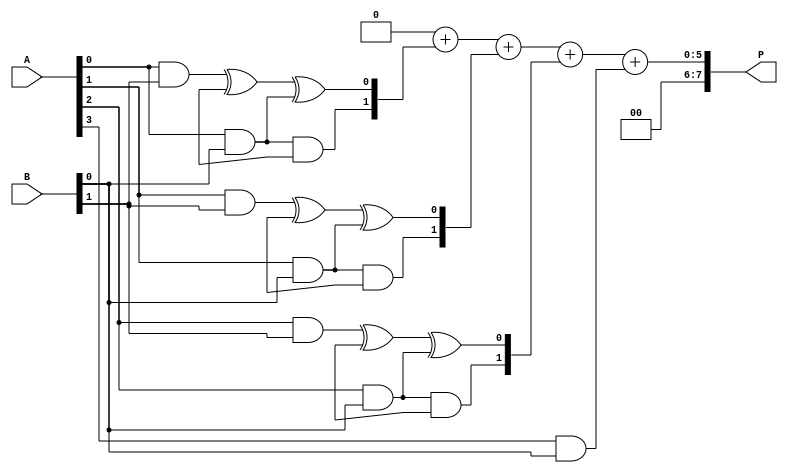
module dadda_multiplier #(
    parameter A_WIDTH = 4,  // Bit-width of multiplicand
    parameter B_WIDTH = 4   // Bit-width of multiplier
)(
    input [A_WIDTH-1:0] A,  // Multiplicand
    input [B_WIDTH-1:0] B,  // Multiplier
    output reg [A_WIDTH+B_WIDTH-1:0] P  // Product
);

    reg [A_WIDTH+(B_WIDTH-1):0] partial_products [0:A_WIDTH-1];
    wire [A_WIDTH + B_WIDTH - 1:0] sum;

    // Generate partial products (ANDing each bit of B with A)
    genvar i, j;
    generate
        for (i = 0; i < A_WIDTH; i = i + 1) begin: gen_partial_products
            for (j = 0; j < B_WIDTH; j = j + 1) begin: and_generators
                assign partial_products[i][j + i] = A[i] & B[j];
            end
        end
    endgenerate

    // Reduction tree using 3:2 and 2:2 compressors
    wire [A_WIDTH + B_WIDTH - 1:0] PP [0:A_WIDTH-1];
    wire [A_WIDTH + B_WIDTH - 1:0] carry;
    
    // Implement 3:2 compressor
    function [1:0] compressor_3_2(input [2:0] a);
        begin
            compressor_3_2 = {a[2] & a[1], a[0] ^ a[1] ^ a[2]};
        end
    endfunction

    // Implement 2:2 compressor
    function [1:0] compressor_2_2(input [1:0] a);
        begin
            compressor_2_2 = {1'b0, a[0] ^ a[1]};
        end
    endfunction

    integer k;
    // Stage 1: Compress rows of partial products
    always @(*) begin
        // Initialize output to zero
        P = 0;
        // Apply 3:2 and 2:2 compression
        for (k = 0; k < A_WIDTH; k = k + 1) begin
            if (k < A_WIDTH - 1) begin
                {carry[k], PP[k]} = compressor_3_2({partial_products[k][k], partial_products[k + 1][k], partial_products[k][k + 1]});
            end else begin
                {carry[k], PP[k]} = compressor_2_2({partial_products[k][k], 1'b0});
            end
        end

        // Combine the results of compression
        for (k = 0; k < A_WIDTH; k = k + 1) begin
            P = P + PP[k];
        end
    end

endmodule